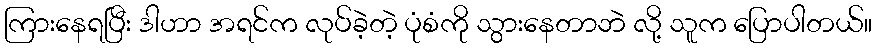
ကြားနေရပြီး ဒါဟာ အရင်က လုပ်ခဲ့တဲ့ ပုံစံကို သွားနေတာဘဲ လို့ သူက ပြောပါတယ်။